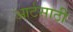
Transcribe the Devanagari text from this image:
आर्टसाठी